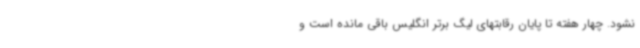
نشود. چهار هفته تا پایان رقابتهای لیگ برتر انگلیس باقی مانده است و